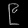
Digit: ၉